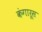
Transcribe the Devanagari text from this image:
कंगारूस